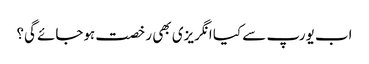
اب یورپ سے کیا انگریزی بھی رخصت ہوجائے گی؟